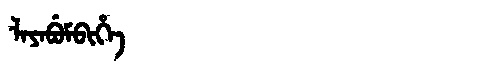
Manchu: ᠯᠠᠶᠠᠪᡠᠮᠪᡳᡥᡝ
Romanization: LAYABUMBIHE